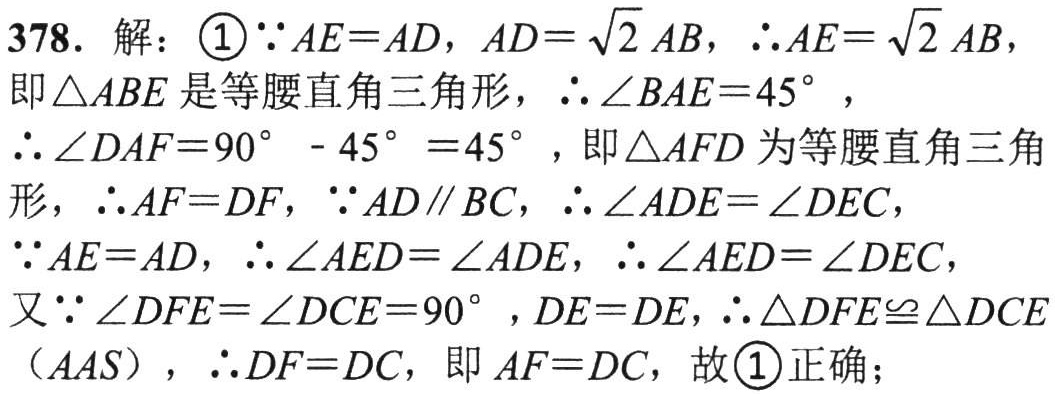
378. 解：\(\textcircled{1}\because AE = AD\)，\(AD=\sqrt{2}AB\)，\(\therefore AE=\sqrt{2}AB\)，

即\(\triangle ABE\)是等腰直角三角形，\(\therefore\angle BAE = 45^{\circ}\)，

\(\therefore\angle DAF=90^{\circ}-45^{\circ}=45^{\circ}\)，即\(\triangle AFD\)为等腰直角三角

形，\(\therefore AF = DF\)，\(\because AD\parallel BC\)，\(\therefore\angle ADE=\angle DEC\)，

\(\because AE = AD\)，\(\therefore\angle AED=\angle ADE\)，\(\therefore\angle AED=\angle DEC\)，

又\(\because\angle DFE=\angle DCE = 90^{\circ}\)，\(DE = DE\)，\(\therefore\triangle DFE\cong\triangle DCE\)

\((AAS)\)，\(\therefore DF = DC\)，即\(AF = DC\)，故\(\textcircled{1}\)正确；